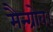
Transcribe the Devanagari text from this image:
मैन्ग्रोव।